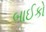
બાઈકો